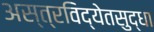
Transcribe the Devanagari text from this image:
अस्त्रविद्येतसुद्धा